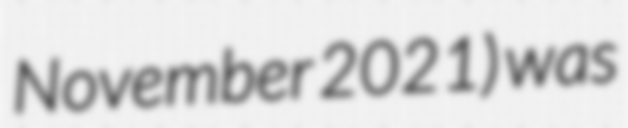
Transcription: November 2021) was